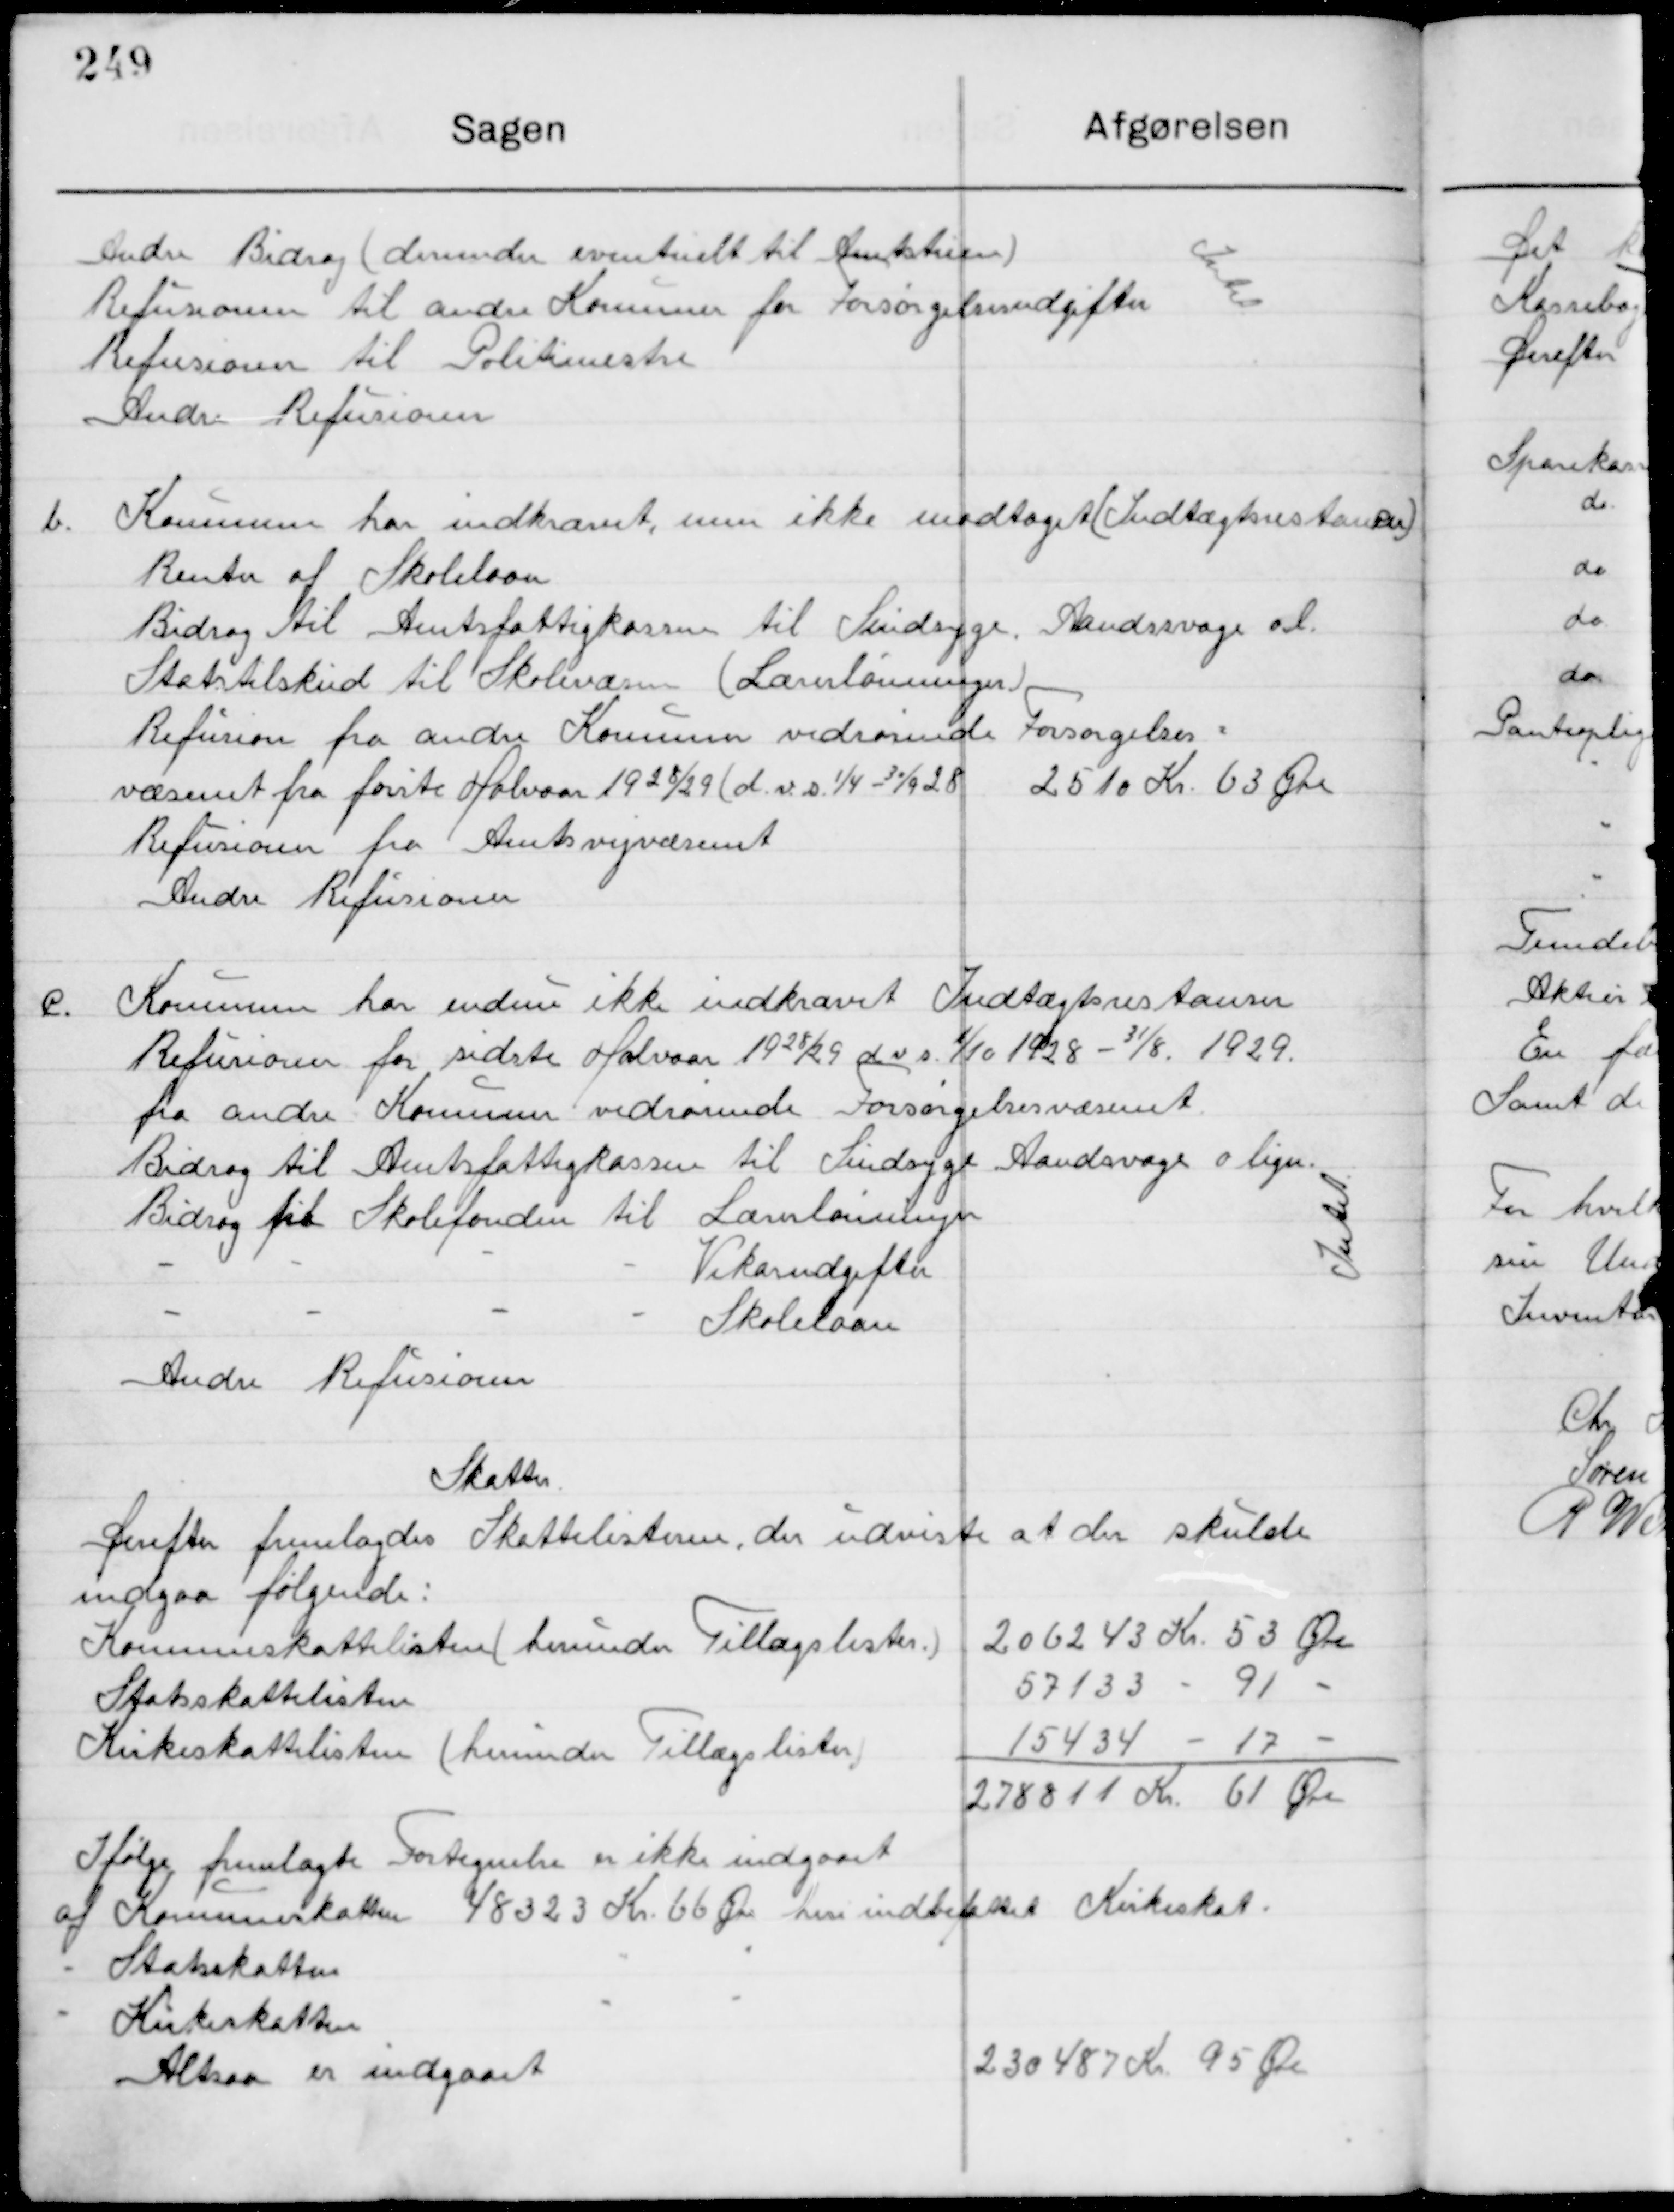
Transskription:
Andre Bidrag (desuden eventuelt til Amtstidende)
Refusioner til andre Kommuner for Forsørgelsesudgifter
Refusioner til Politimester
Andre Refusioner

1.

Kommunen har indkrævet, men ikke modtaget (Indtægtsrestancer)
Renter af Skoleloven
Bidrag til Amtsfattigkassen til Sindsyge, Aandsvage o.l.
Statstilskud til Skolevæsen (lærerlønninger)
Refusion fra andre Kommuner vedrørende Forsørgelses-
Væsenet fra første Halvaar 1928/29 (d.v.s. ¼ 30/9 28)	2510 Kr. 63 Øre
Refusion fra Amtsvejvæsenet
Andre Refusioner.

2.

Kommunen har endnu ikke indkrævet Indtægtsrestancer
Refusioner for sidste Halvaar 1928/29 d.v.s. 1/10 1928 – 31/8 1929
fra andre kommuner vedrørende forsørgelsesvæsenet
Bidrag til Amtsfattigkassen til Sindsyge Aandsvage o.lign. 
Bidrag til skolefonden til lærerlønninger
											Vikarudgifter
											Skolelaan
Andre Refusioner

Skatter
Derefter fremlagdes Skatte listerne, der udviste at der skulde
indgaa følgende:
Kommuneskattelisten (herunder Tillægslisten) 			206243 Kr. 53 Øre
Statsskattelisten																57133    – 	91
Kirkeskattelisten (herunder Tillægslisten)	    				154334  – 	17
																							278811 Kr. 61 Øre
Ifølge fremlagte Fortegnelse er ikke indgaaet
af Komuneskatten 48323 Kr. 66 Øre her indbefattet Kirkeskatten 
Statskatten 		 
Kirkeskatten 	
Altsaa er indgaaet															230487 Kr. 95 Øre